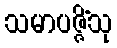
သမာပဇ္ဇိံသု